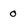
Character: 0